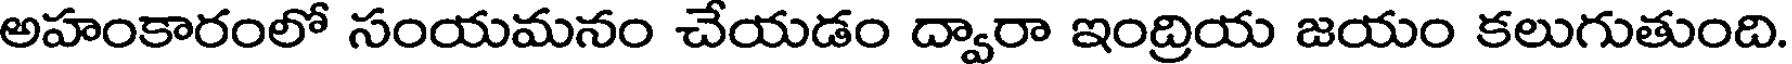
అహంకారంలో సంయమనం చేయడం ద్వారా ఇంద్రియ జయం కలుగుతుంది